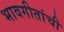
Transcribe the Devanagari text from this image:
भावगीतांची